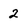
Character: 2